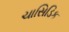
ચાસિડિક